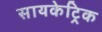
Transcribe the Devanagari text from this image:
सायकेट्रिक